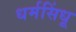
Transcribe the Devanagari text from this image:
धर्मसिंधू